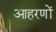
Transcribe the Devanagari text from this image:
आहरणों